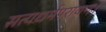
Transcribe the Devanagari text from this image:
सत्यधर्मपरायणः।